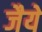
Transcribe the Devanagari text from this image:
जैये